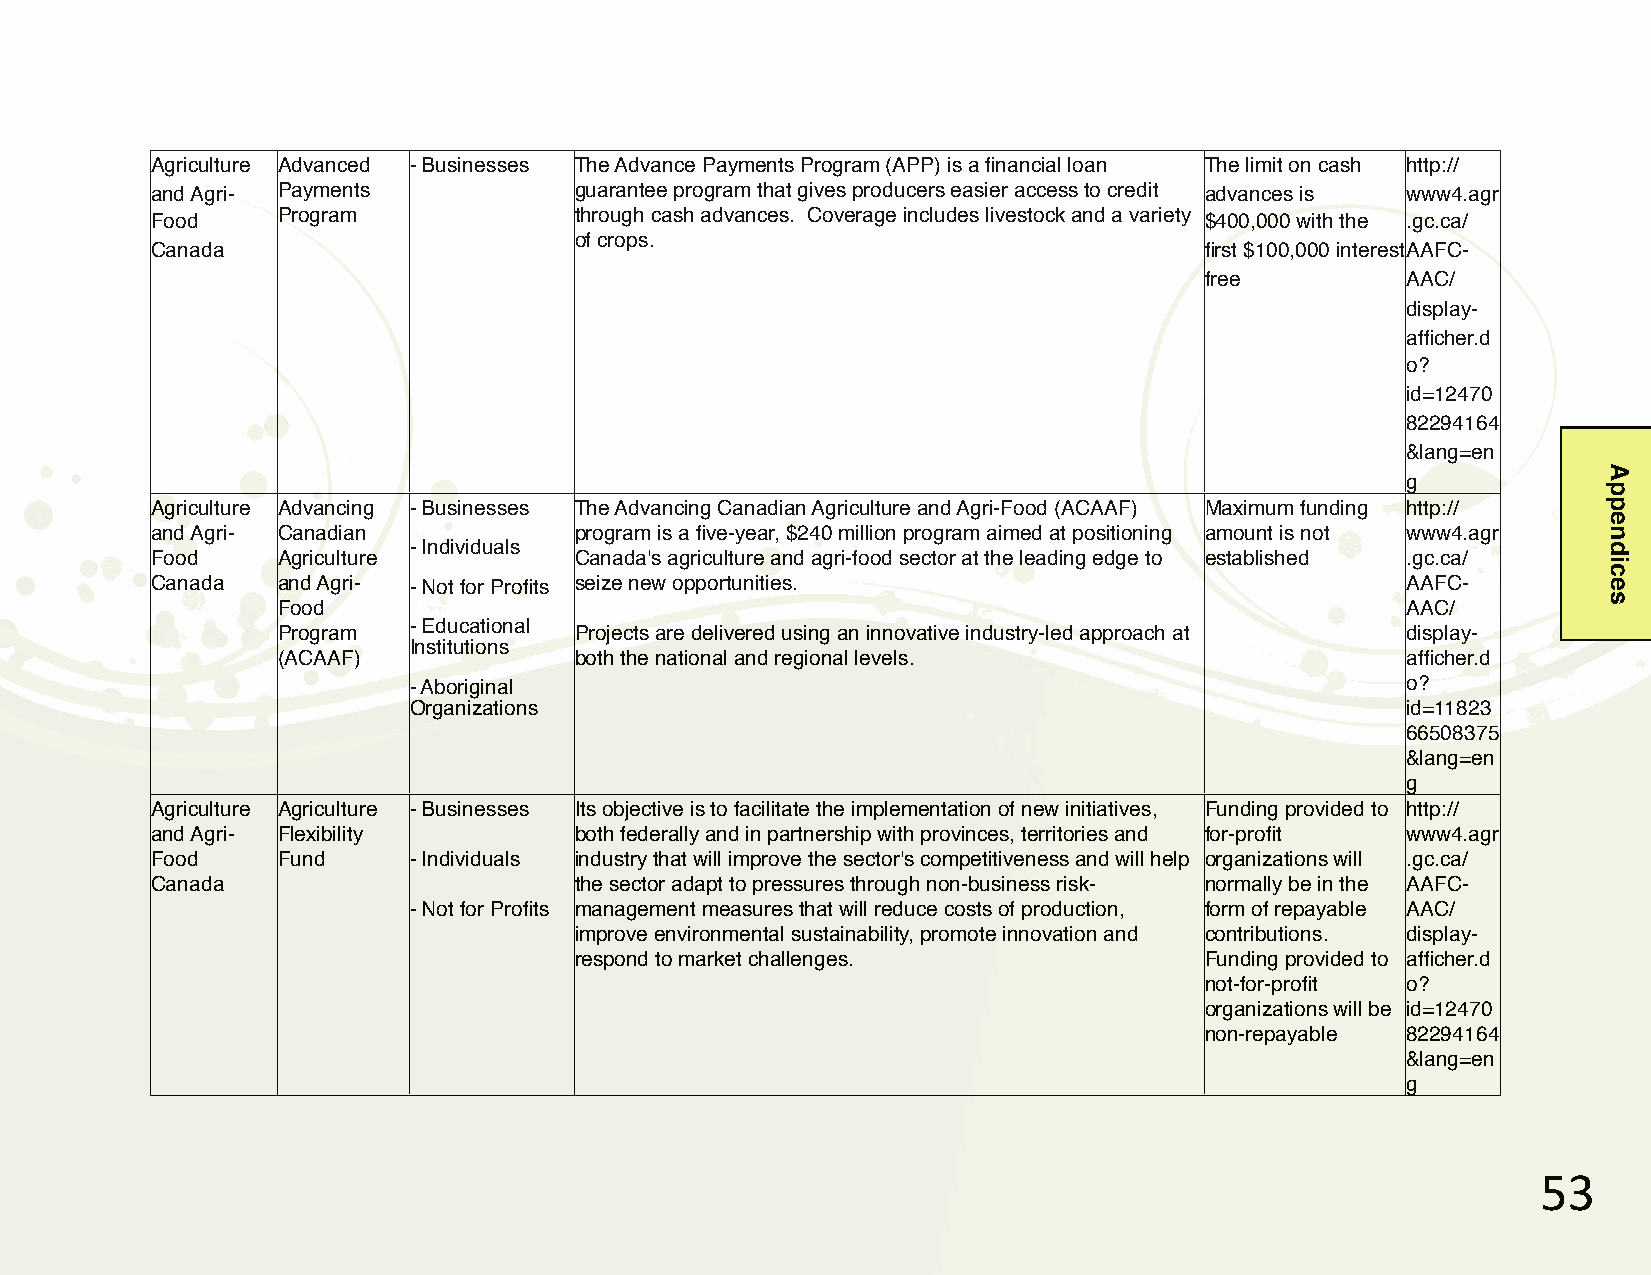
Agriculture Advanced - Businesses The Advance Payments Program (APP) is a financial loan The limit on cash http://
 and Agri- Payments          guarantee program that gives producers easier access to credit advances is www4.agr
 Food    Program             through cash advances. Coverage includes livestock and a variety $400,000 with the .gc.ca/
 of crops.
 Canada                                                                first $100,000 interest AAFC-
 free         AAC/
 display-
 afficher.d
 o?
 id=12470
 82294164
 &lang=en
 g
 Agriculture Advancing - Businesses The Advancing Canadian Agriculture and Agri-Food (ACAAF) Maximum funding http://
 and Agri- Canadian          program is a five-year, $240 million program aimed at positioning amount is not www4.agr
 - Individuals
 Food    Agriculture         Canada's agriculture and agri-food sector at the leading edge to established .gc.ca/
 Canada  and Agri- - Not for Profits seize new opportunities.                       AAFC-
 Food                                                                       AAC/
 Program  - Educational Projects are delivered using an innovative industry-led approach at display-
 Institutions
 (ACAAF)             both the national and regional levels.                 afficher.d
 - Aboriginal                                                      o?
 Organizations                                                     id=11823
 66508375
 &lang=en
 g
 Agriculture Agriculture - Businesses Its objective is to facilitate the implementation of new initiatives, Funding provided to http://
 and Agri- Flexibility       both federally and in partnership with provinces, territories and for-profit www4.agr
 Food    Fund     - Individuals industry that will improve the sector's competitiveness and will help organizations will .gc.ca/
 Canada                      the sector adapt to pressures through non-business risk- normally be in the AAFC-
 - Not for Profits management measures that will reduce costs of production, form of repayable AAC/
 improve environmental sustainability, promote innovation and contributions. display-
 respond to market challenges.             Funding provided to afficher.d
 not-for-profit o?
 organizations will be id=12470
 non-repayable 82294164
 &lang=en
 g
 &%
 Appendices